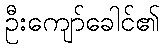
ဦးကျော်ခေါင်၏